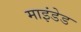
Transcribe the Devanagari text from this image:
माइंडेड